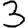
Digit: 3